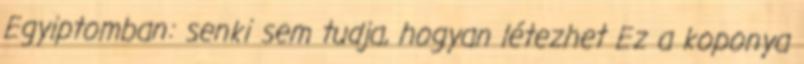
Egyiptomban: senki sem tudja, hogyan létezhet Ez a koponya